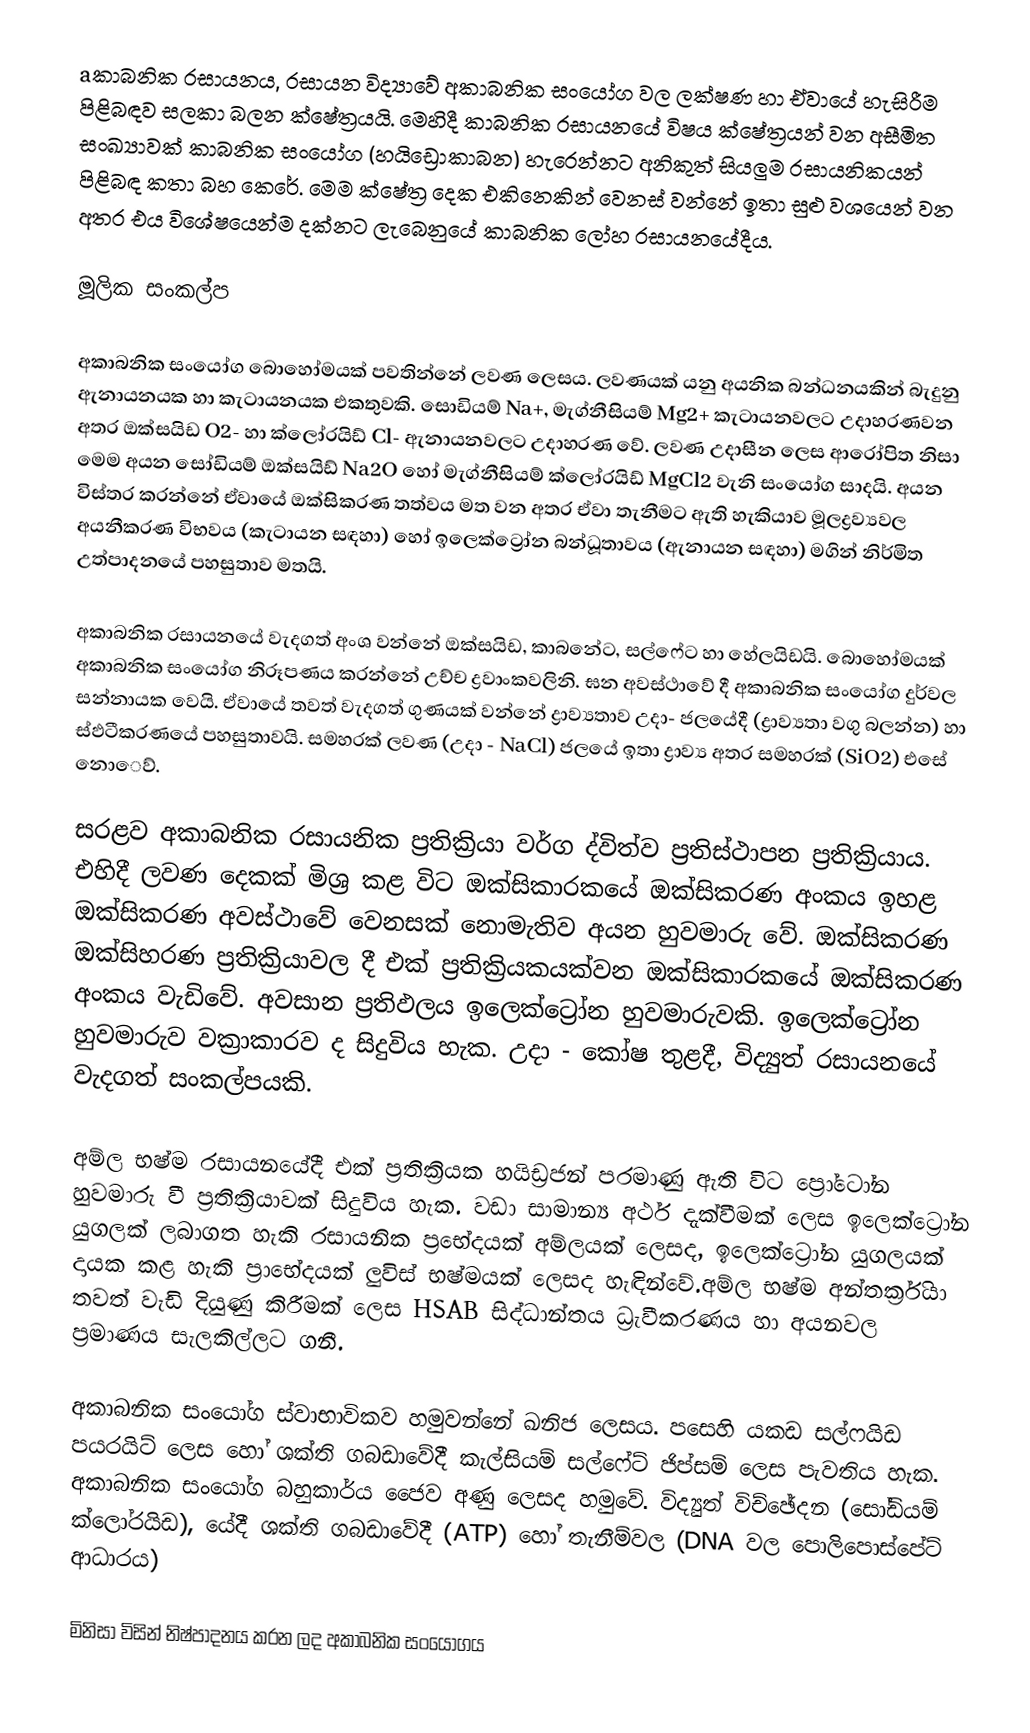
aකාබනික රසායනය, රසායන විද්‍යාවේ අකාබනික සංයෝග වල ලක්ෂණ හා ඒවායේ හැසිරීම පිළිබඳව සලකා බලන ක්ෂේත්‍රයයි. මෙහිදී කාබනික රසායනයේ විෂය ක්ෂේත්‍රයන් වන අසීමිත සංඛ්‍යාවක් කාබනික සංයෝග (හයිඩ්‍රොකාබන) හැරෙන්නට අනිකුත් සියලුම රසායනිකයන් පිළිබඳ කතා බහ කෙරේ. මෙම ක්ෂේත්‍ර දෙක එකිනෙකින් වෙනස් වන්නේ ඉතා සුළු ව‍ශයෙන් වන අතර එය විශේෂයෙන්ම දක්නට ලැබෙනුයේ කාබනික ලෝහ රසායනයේදීය.

මූලික සංකල්ප

අකාබනික සංයෝග බොහෝමයක් පවතින්නේ ලවණ ලෙසය. ලවණයක් යනු අයනික බන්ධනයකින් බැදුනු ඇනායනයක හා කැටායනයක එකතුවකි. සොඩියම් Na+,  මැග්නීසියම් Mg2+ කැටායනවලට උදාහරණවන අතර ඔක්සයිඩ  O2-  හා ක්ලෝරයිඩ් Cl- ඇනායනවලට උදාහරණ වේ. ලවණ උදාසීන ලෙස ආරෝපිත නිසා මෙම අයන සෝඩියම්  ඔක්සයිඩ්  Na2O හෝ මැග්නීසියම් ක්ලෝරයිඩ්  MgCl2  වැනි සංයෝග සාදයි. අයන විස්තර කරන්නේ ඒවායේ ඔක්සිකරණ තත්වය මත වන අතර ඒවා  තැනීමට ඇති හැකියාව මූලද්‍රව්‍යවල  අයනීකරණ විභවය (කැටායන සඳහා) හෝ ඉලෙක්ට්‍රෝන බන්ධූතාවය (ඇනායන සඳහා) මගින් නිර්මිත උත්පාදනයේ පහසුතාව මතයි.

අකාබනික රසායනයේ වැදගත් අංශ වන්නේ ඔක්සයිඩ, කාබනේට, සල්ෆේට හා හේලයිඩයි. බොහෝමයක් අකාබනික සංයෝග නිරූපණය කරන්නේ උච්ච ද්‍රවාංකවලිනි. ඝන අවස්ථාවේ දී අකාබනික සංයෝග දුර්වල සන්නායක වෙයි. ඒවායේ තවත් වැදගත් ගුණයක් වන්නේ ද්‍රාව්‍යතාව උදා- ජලයේදී (ද්‍රාව්‍යතා වගු බලන්න) හා ස්ඵටීකරණයේ පහසුතාවයි. සමහරක් ලවණ (උදා - NaCl) ජලයේ ඉතා ද්‍රාව්‍ය අතර සමහරක් (SiO2) එසේ නො‍ෙව්.

සරළව අකාබනික රසායනික ප්‍රතික්‍රියා වර්ග ද්විත්ව ප්‍රතිස්ථාපන ප්‍රතික්‍රියාය. එහිදී ලවණ දෙකක් මිශ්‍ර කළ විට ඔක්සිකාරකයේ ඔක්සිකරණ අංකය ඉහළ ඔක්සිකරණ අවස්ථාවේ වෙනසක් නොමැතිව අයන හුවමාරු වේ. ඔක්සිකරණ ඔක්සිහරණ ප්‍රතික්‍රියාවල දී ‍එක් ප්‍රතික්‍රියකයක්වන ඔක්සිකාරකයේ ඔක්සිකරණ අංකය වැඩිවේ.  අවසාන ප්‍රතිඵලය ඉලෙක්ට්‍රෝන හුවමාරුවකි. ඉලෙක්ට්‍රෝන හුවමාරුව වක්‍රාකාරව ද සිදුවිය හැක. උදා - කෝෂ තුළදී, විද්‍යුත් රසායනයේ වැදගත් සංකල්පයකි.

අම්ල භෂ්ම රසායනයේදී එක් ප්‍රතික්‍රියක හයිඩ්‍රජන් පරමාණු ඇති විට ප්‍රෝටෝන හුවමාරු වී ප්‍රතික්‍රියාවක් සිදුවිය හැක. වඩා සාමාන්‍ය අර්ථ දැක්වීමක් ලෙස ඉලෙක්ට්‍රෝන යුගලක් ලබාගත හැකි රසායනික ප්‍රභේදයක් අම්ලයක් ලෙසද, ඉලෙක්ට්‍රෝන යුගලයක් දායක කළ හැකි ප්‍රා‍භේදයක් ලුවිස් භෂ්මයක් ලෙසද හැඳින්වේ.අම්ල භෂ්ම අන්තර්ක්‍රියා තවත් වැඩි දියුණු කිරීමක් ලෙස HSAB සිද්ධාන්තය ධ්‍රැවීකරණය හා අයනවල ප්‍රමාණය සැලකිල්ලට ගනී.

අකාබනික සංයෝග ස්වාභාවිකව හමුවන්නේ ඛනිජ ලෙසය. පසෙහි යකඩ සල්ෆයිඩ පයරයිට් ලෙස හෝ ශක්ති ගබඩාවේදී කැල්සියම් සල්ෆේට් ජිප්සම් ලෙස පැවතිය හැක. අකාබනික සංයෝග බහුකාර්ය ජෛව අණු ලෙසද හමුවේ. විද්‍යුත් විච්ඡේදන (සෝඩියම් ක්ලෝරයිඩ), යේදී ශක්ති ගබඩාවේදී (ATP) හෝ තැනීම්වල (DNA වල පොලිපොස්පේට් ආධාරය)

මිනිසා විසින් නිෂ්පාදනය කරන ලද අකාබනික සංයෝගය